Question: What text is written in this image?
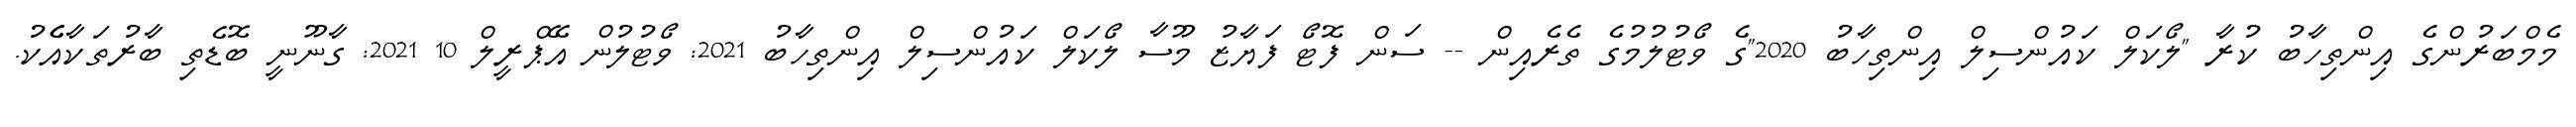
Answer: މެމްބަރުންގެ އިންތިހާބު ކުރާ "ލޯކަލް ކައުންސިލް އިންތިހާބު 2020"ގެ ވޯޓުލުމުގެ ތެރެއިން -- ސަން ފޮޓޯ ފަޔާޒު މޫސާ ލޯކަލް ކައުންސިލް އިންތިހާބު 2021: ވޯޓުލުން އޭޕްރީލް 10 2021: ގާނޫނީ ބޮޑެތި ބާރުތަކާއެެކު.